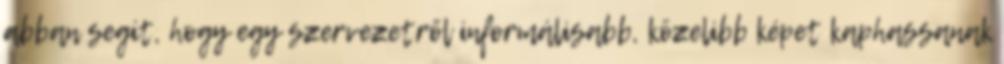
abban segít, hogy egy szervezetről informálisabb, közelibb képet kaphassanak